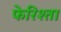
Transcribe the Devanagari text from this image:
फेरिश्ता